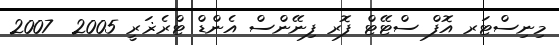
މިނިސްޓަރ އޮފް ސްޓޭޓް ފޮރ ފިނޭންސް އެންޑް ޓްރެޜަރީ 2005  2007